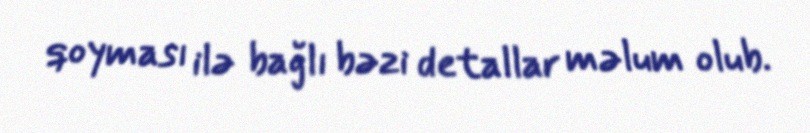
qoyması ilə bağlı bəzi detallar məlum olub.